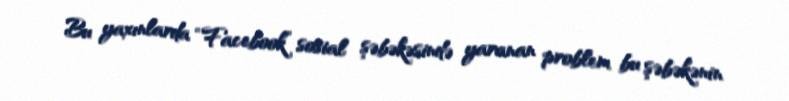
Bu yaxınlarda “Facebook” sosial şəbəkəsində yaranan problem bu şəbəkənin